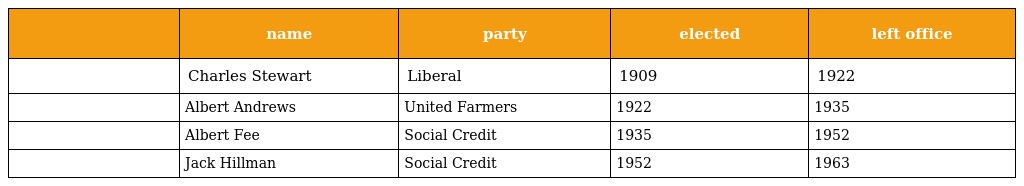
|  | name | party | elected | left office |
 | --- | --- | --- | --- | --- |
 |  | Charles Stewart | Liberal | 1909 | 1922 |
 |  | Albert Andrews | United Farmers | 1922 | 1935 |
 |  | Albert Fee | Social Credit | 1935 | 1952 |
 |  | Jack Hillman | Social Credit | 1952 | 1963 |